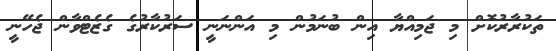
ތަކުރާރުކޮށް މި ޖަމިއްޔާ އިން ބުނަމުން މި އަންނަނީ ސަރުކާރުގެ ގެޒެޓްވާން ޖެހޭނީ